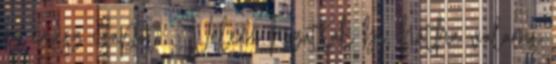
az egész csapot. - Velem hozatták be, hátha valami